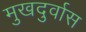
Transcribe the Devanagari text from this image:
मुखदुर्वास